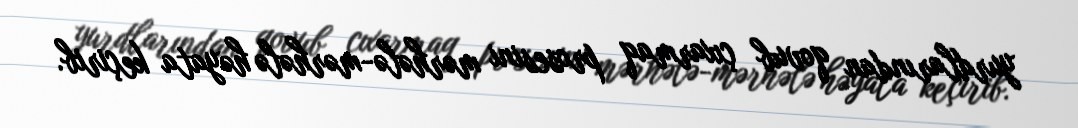
yurdlarından qovub çıxarmaq prosesini mərhələ-mərhələ həyata keçirib.